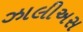
ઝાલીઅસ